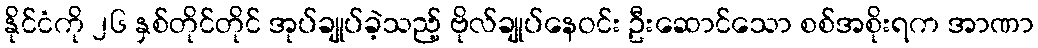
နိုင်ငံကို ၂၆ နှစ်တိုင်တိုင် အုပ်ချုပ်ခဲ့သည့် ဗိုလ်ချုပ်နေဝင်း ဦးဆောင်သော စစ်အစိုးရက အာဏာ